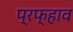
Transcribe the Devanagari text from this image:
प्रफ्हाव